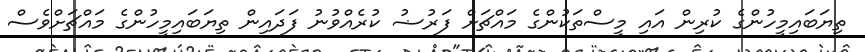
ތިޔަބައިމީހުންގެ ކުރިން އައި މީސްތަކުންގެ މައްޗަށް ފަރުޟު ކުރެއްވުނު ފަދައިން ތިޔަބައިމީހުންގެ މައްޗަށްވެސް